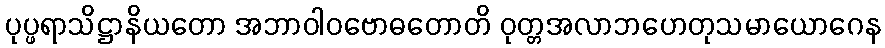
ပုပ္ဖရာသိဋ္ဌာနိယတော အဘာဝါဝဗောဓတောတိ ဝုတ္တအလာဘဟေတုသမာယောဂေန